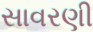
સાવરણી